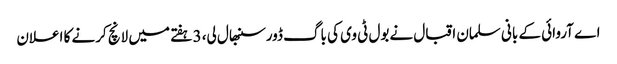
اے آروائی کے بانی سلمان اقبال نےبول ٹی وی کی باگ ڈورسنبھال لی، 3 ہفتے میں لانچ کرنے کا اعلان